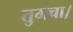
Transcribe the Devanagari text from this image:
तुमचा।